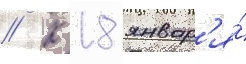
// К 18 январ'я́